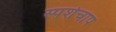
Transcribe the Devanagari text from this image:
स्पर्शचाप